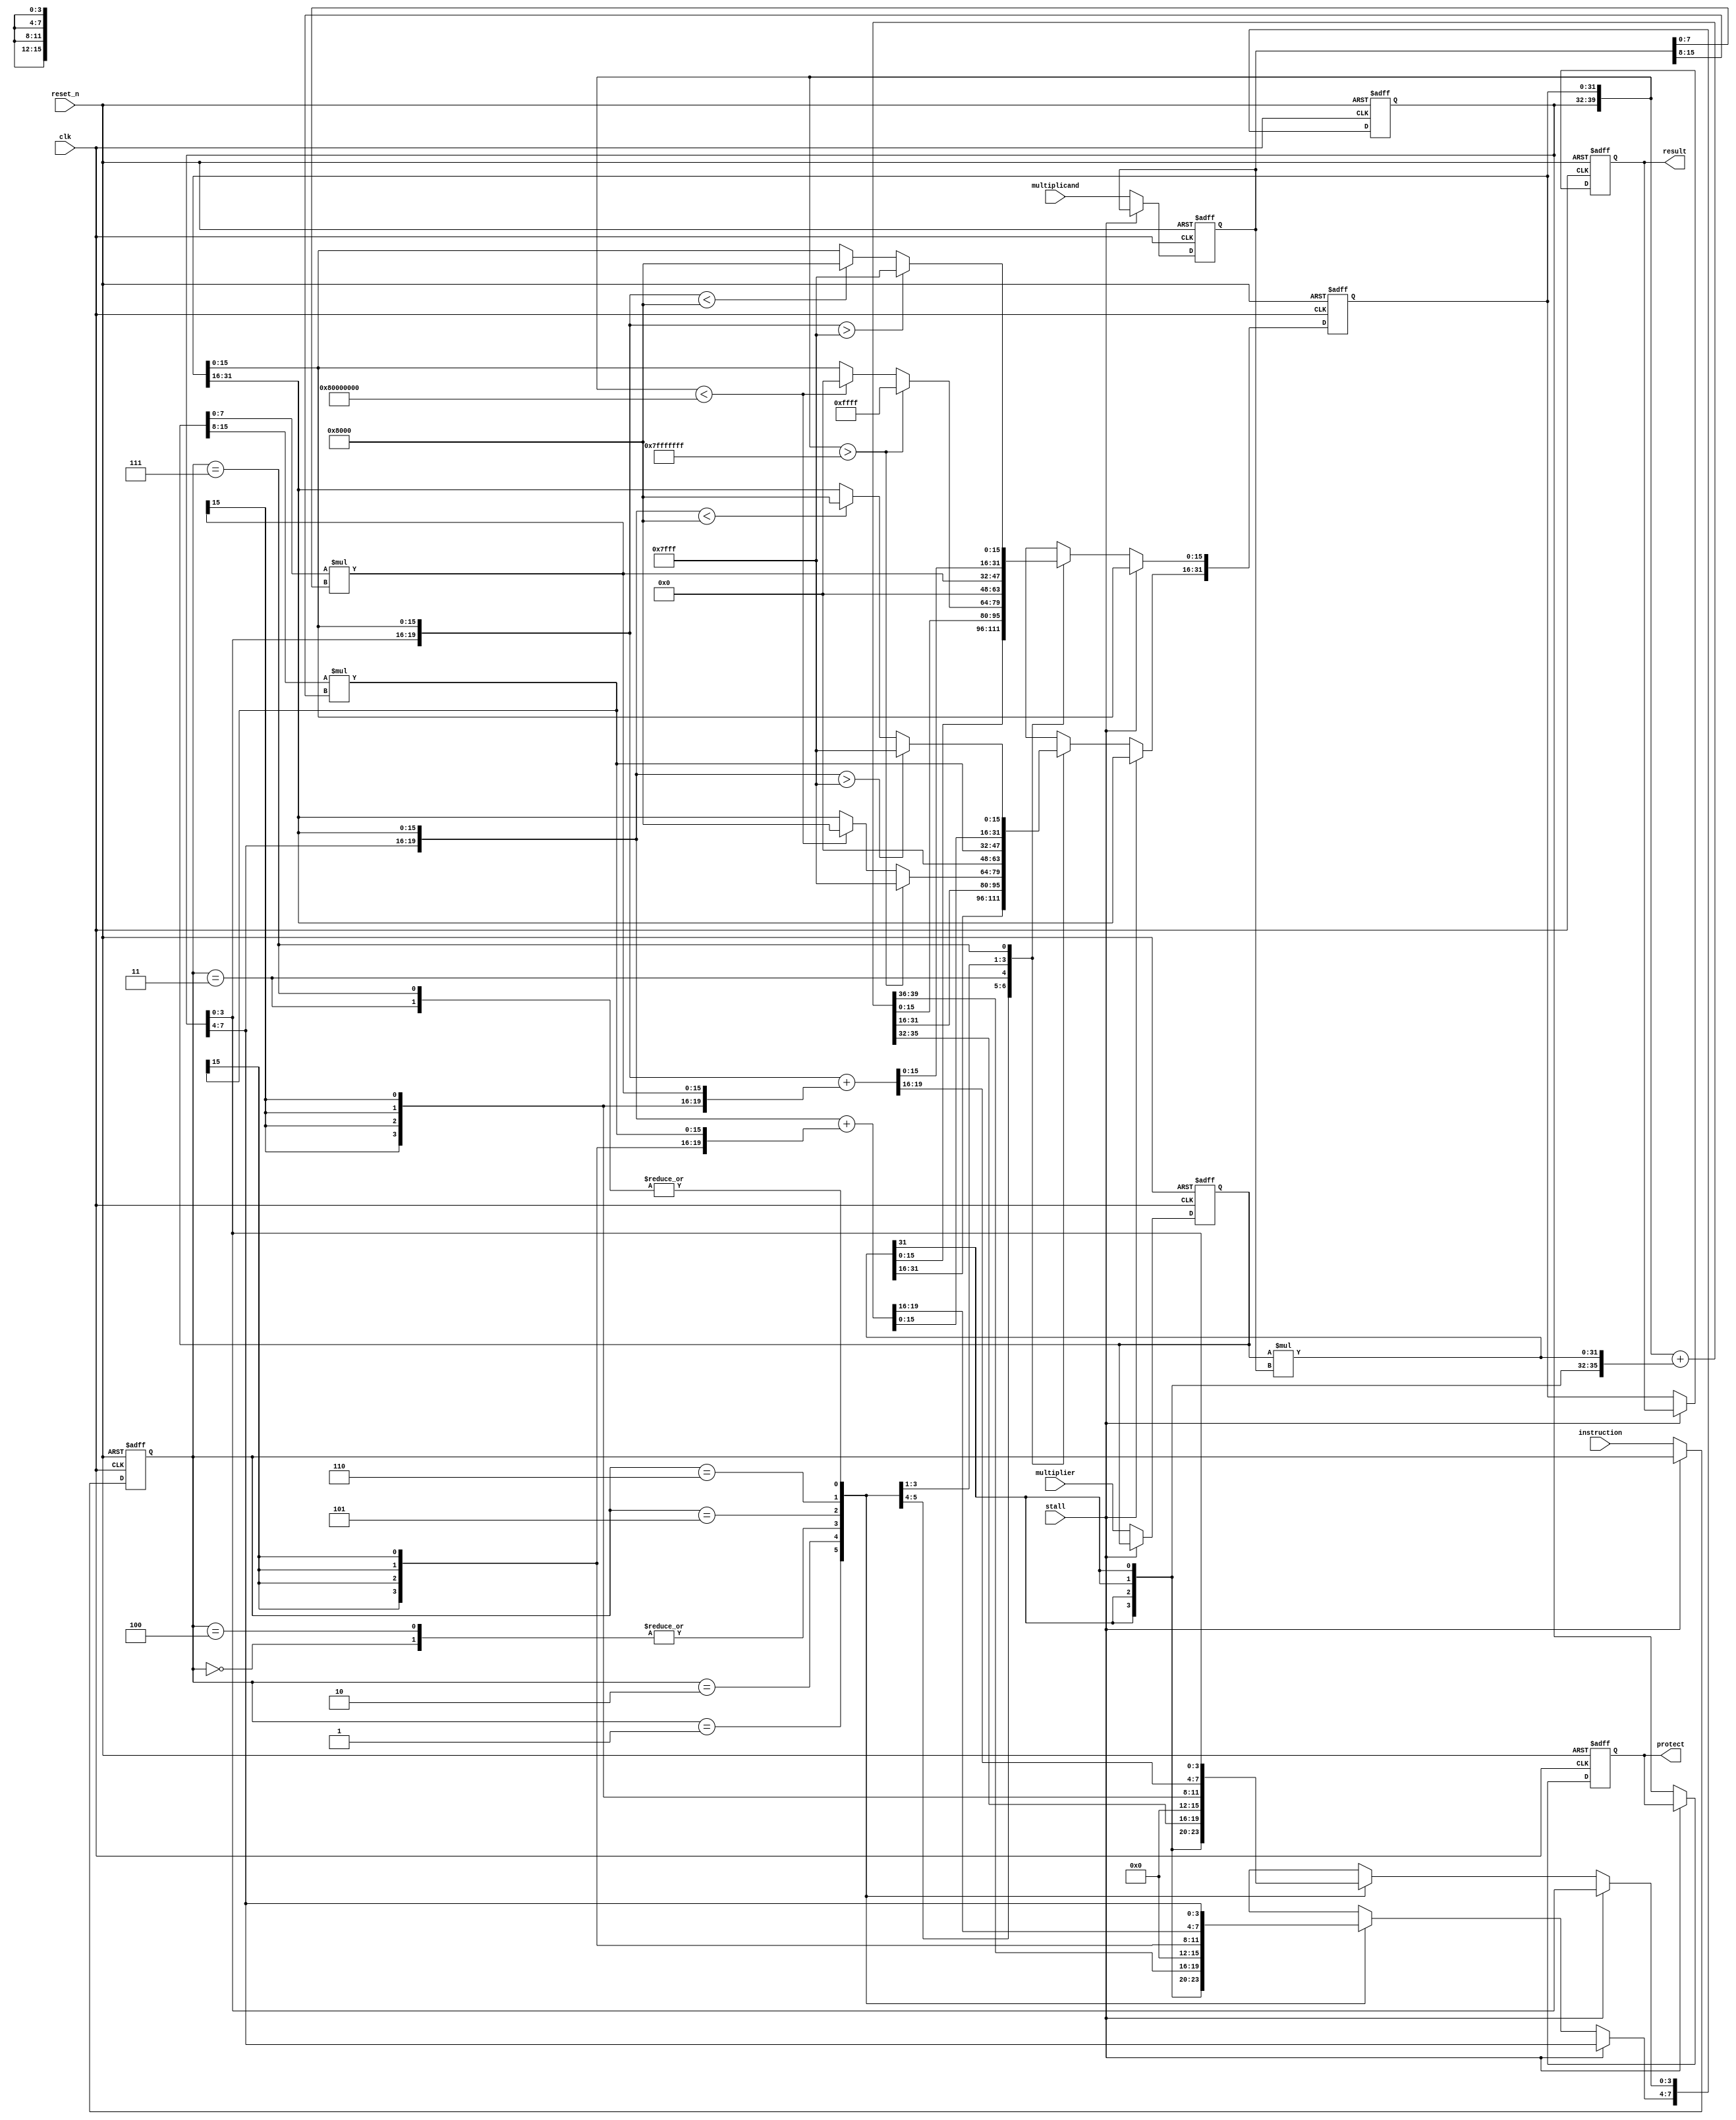
`define mul(a,b) (a*b)

module mac (instruction, multiplier, multiplicand, stall, clk, reset_n, result, protect);
input signed [15:0] multiplier;
input signed [15:0] multiplicand; 
input  clk;
input  reset_n;
input  stall;
input  [2:0] instruction;
output reg [31:0] result;
output reg [7:0] protect;

//Add you design here
reg signed [15:0] multer, multcand; 

reg [31:0] resultreg;
reg [7:0] protectreg;

reg [2:0] instruct;
wire signed [39:0] cal40;
assign cal40 = `mul(multer,multcand);

wire signed [7:0] multer_1,multer_2,multcand_1,multcand_2;
assign multer_1 = multer[7:0];
assign multer_2 = multer[15:8];
assign multcand_1 = multcand[7:0];
assign multcand_2 = multcand[15:8];
wire signed [19:0] cal20_1;
wire signed [19:0] cal20_2;
assign cal20_1 = `mul(multer_1,multcand_1);
assign cal20_2 = `mul(multer_2,multcand_2);
reg i;
 

always@(posedge clk or negedge reset_n)
begin
  if(!reset_n)
  begin
    result <= 32'b0;
    protect <= 8'b0;
    
    multer <= 16'b0;
    multcand <= 16'b0;
    
    resultreg <= 32'b0;
    protectreg <= 8'b0;
    
    instruct <= 3'b0;   
  end
  
  else if (stall)
  begin
    result <= result;
    protect <= protect;
    
    multer <= multer;
    multcand <= multcand;
    
    resultreg <= resultreg;
    protectreg <= protectreg;
    
    instruct <= instruct;   
  end
  
  else
  begin
    instruct <= instruction;
    
    multer <= multiplier;
    multcand <= multiplicand;
    
    case(instruct)
      
    3'b000:
    begin
      resultreg <= 32'h0;
      protectreg <= 8'h0;     
    end
    
    3'b001:
    begin
      {protectreg,resultreg} <= cal40;
    end
        
    3'b010:
    begin
      {protectreg,resultreg} <= {protectreg,resultreg} + cal40;
    end

    3'b011:
    begin
      if( $signed({protectreg,resultreg}) > $signed(40'h007fffffff) )
      begin
        resultreg <= 32'h7fffffff; // largest positive in 32-bit
      end
      
      else if( $signed({protectreg,resultreg}) < $signed(40'hff80000000) )
      begin
        resultreg <= 32'h80000000; // smallest negative in 32-bit
      end
      
      else
      begin
        resultreg <= resultreg; // truncate the MSB, value not altered
      end
      
      protectreg <= protectreg;
    end
    
    3'b100:
    begin
      resultreg <= 32'h0;
      protectreg <= 8'h0;
    end

    3'b101:
    begin
      {protectreg[3:0],resultreg[15:0]} <= cal20_1;
      {protectreg[7:4],resultreg[31:16]} <= cal20_2;
    end

    3'b110:
    begin
      {protectreg[3:0],resultreg[15:0]} <= {protectreg[3:0],resultreg[15:0]} + cal20_1;
      {protectreg[7:4],resultreg[31:16]} <= {protectreg[7:4],resultreg[31:16]} + cal20_2;
    end
    
    3'b111:
    begin
      for( i=0 ; i<1 ; i=i+1 )
      begin
        
      if( $signed({protectreg[3:0],resultreg[15:0]}) > $signed(20'h07fff) )
      begin
        resultreg[15:0] <= 16'h7fff; // largest positive in 16-bit
      end
      
      else if( $signed({protectreg[3:0],resultreg[15:0]}) < $signed(20'hf8000) )
      begin
        resultreg[15:0] <= 16'h8000; // smallest negative in 16-bit
      end
      
      else
      begin
        resultreg[15:0] <= resultreg[15:0]; // truncate the MSB, value not altered
      end
      
      if( $signed({protectreg[7:4],resultreg[31:16]}) > $signed(20'h07fff) )
      begin
        resultreg[31:16] <= 16'h7fff; // largest positive in 16-bit
      end
      
      else if( $signed({protectreg[7:4],resultreg[31:16]}) < $signed(20'hf8000) )
      begin
        resultreg[31:16] <= 16'h8000; // smallest negative in 16-bit
      end
      
      else
      begin
        resultreg[31:16] <= resultreg[31:16]; // truncate the MSB, value not altered
      end          
      
      protectreg <= protectreg;
      end
    end
    
    endcase
    
    result <= resultreg;
    protect <= protectreg;
    
  end

end

endmodule